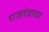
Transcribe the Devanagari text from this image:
राजतंत्रावर